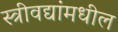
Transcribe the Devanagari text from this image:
स्त्रीवद्यांमधील